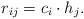
LaTeX: \begin{align*}r_{ij}=c_i\cdot h_{j}.\end{align*}